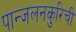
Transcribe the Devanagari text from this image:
पान्जलनकुरिची